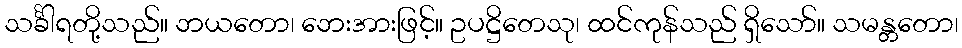
သင်္ခါရတို့သည်။ ဘယတော၊ ဘေးအားဖြင့်။ ဥပဋ္ဌိတေသု၊ ထင်ကုန်သည် ရှိသော်။ သမန္တတော၊